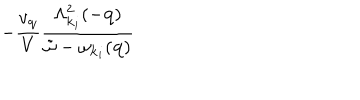
- \frac { v _ { { \bf { q } } } } { V } \frac { \Lambda _ { { \bf { k } } _ { i } } ^ { 2 } ( - { \bf { q } } ) } { { \tilde { \omega } } - \omega _ { { \bf { k } } _ { i } } ( { \bf { q } } ) }